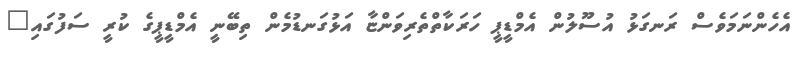
އެހެންނަމަވެސް ރަނގަޅު އުސޫލުން އެމްޑީޕީ ހަރަކާތްތެރިވަންޏާ އަޅުގަނޑުމެން ތިބޭނީ އެމްޑީޕީގެ ކުރީ ސަފުގައި"